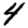
Digit: 4